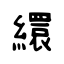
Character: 繯